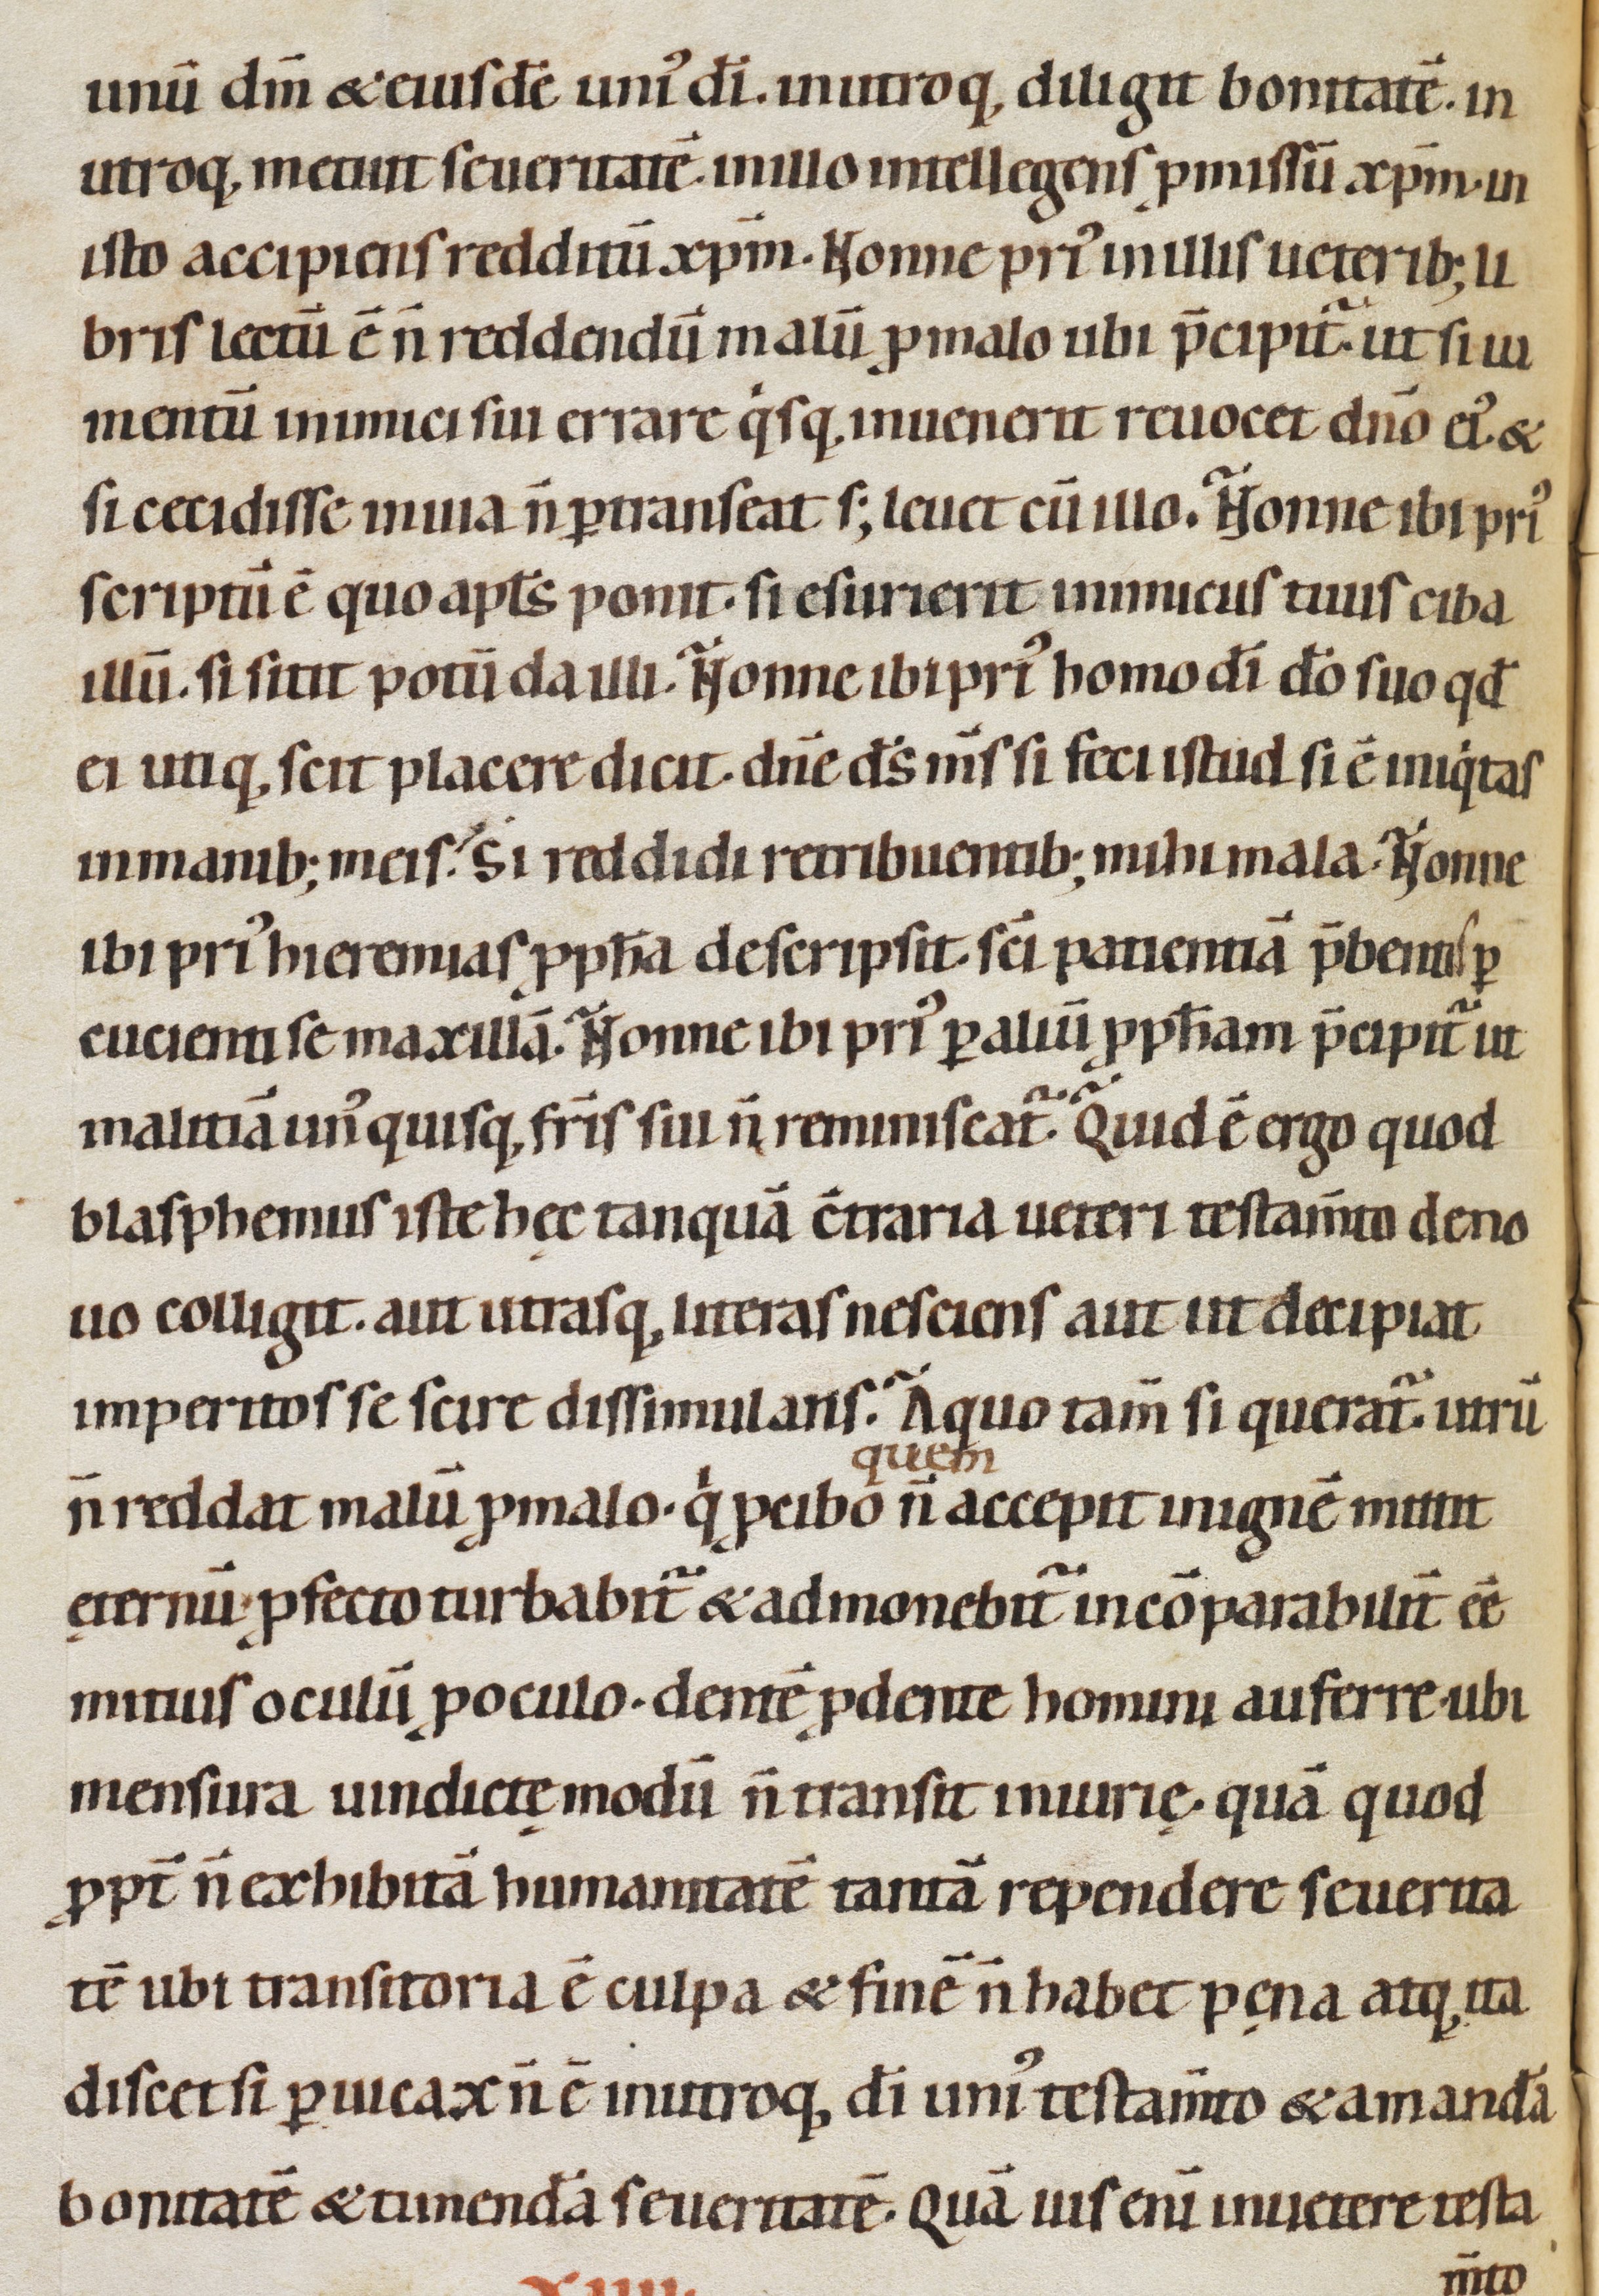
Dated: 1080–1096